Report of the King Institute of Preventive Medicine, Guindy
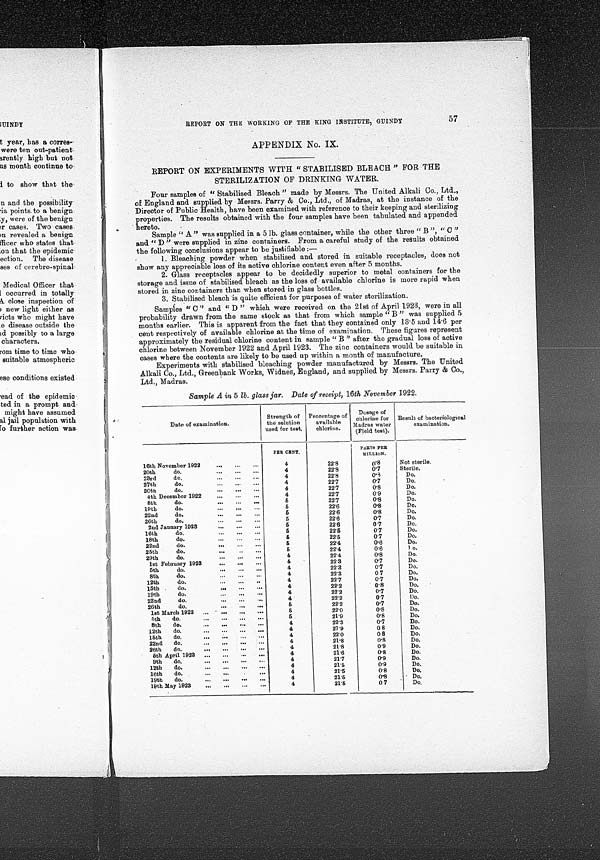
REPORT ON THE WORKING OF THE KING INSTITUTE, GUINDY
57
APPENDIX No. IX.
REPORT ON EXPERIMENTS WITH " STABILISED BLEACH " FOR THE
STERILIZATION OF DRINKING WATER.
Four samples of " Stabilised Bleach " made by Messrs. The United Alkali Co., Ltd.,
of England and supplied by Messrs. Parry & Co., Ltd., of Madras, at the instance of the
Director of Public Health, have been examined with reference to their keeping and sterilizing
properties. The results obtained with the four samples have been tabulated and appended
- hereto.
-
Sample " A" was supplied in a 5 lb. glass container, while the other three " B ", " C "
and " D " were supplied in zinc containers. From a careful study of the results obtained
the following conclusions appear to be justifiable :-
1. Bleaching powder when stabilised and stored in suitable receptacles, does not
show any appreciable loss of its active chlorine content even after 5 months.
2. Glass receptacles appear to be decidedly superior to metal containers for the
storage and issue of stabilised. bleach as the loss of available chlorine is more rapid when
stored in zinc containers than when stored in glass bottles.
3. Stabilised bleach is quite efficient for purposes of water sterilization.
Samples " C " and " D " which were received on the 21st of April 1923, were in all
probability drawn from the same stock as that from which sample " B " was supplied 5
months earlier. This is apparent from the fact that they contained only 13 . 5 and 14.6 per
cent respectively of available chlorine at the time of examination. These figures represent
approximately the residual chlorine content in sample " B " after the gradual loss of active
chlorine between November 1922 and April 1923. The zinc containers would be suitable in
cases where the contents are likely to be used up within a month of manufacture.
Experiments with stabilised bleaching powder manufactured by Messrs. The United.
Alkali Co., Ltd., Greenbank Works, Widnes, England, and supplied by Messrs. Parry & Co.,
Ltd., Madras.
Sample A in 5 lb. glass jar. Date of receipt, 16th November 1922.
Date of examination.
Strength of
the solution
used for test,.
Percentage of
available
chlorine.
Dosage of
chlorine for
Madras water
(Field test).
Result of bacteriological
examination.
16th November 1922
..•
,•.
..•
20th
do.
• s•
•••
•.•
23rd
do.
•••
.•9
. ••
27th
do.
...
•••
• 0 5
30th
do.
•••
...
..•
4th December 1922
0"
•••
0•0
8th
do.
•••
•.•
•••
19th
do.
•.•
•O•
• • 8
22nd
do.
•••
•••
• •O
26th
do.
...
..•
•••
2nd January 1923
•••
••0
••.
16th
do.
4. 4
•••
.••
18th
do.
•••
22nd
do.
6410
• • 4
•••
25th
do.
•.•
••
•••
29th
do,
111
•••
•••
let February 1923
••0
•••
-
5th
do.
4"
. • .
0014
8th
do.
...
...
..,
12th
do.
...
..•
••
15th .
do.
19th
do.
...
•••
.••
22nd
do.
•••
•••
•••
26th
do.
•••
•••
•••
1st March 1923
...
...
...
...
5th
do.
0 .1
•••
• • .
...
8th
do.
.••
•••
•.•
•••
12th
do,
..•
•••
•••
•••
15th
do,
..•
...
..•
...
22nd
do.
.••
01111
•••
.10
26th
do.
0 •G
•••
0••
•••
5th April 1923
...
...
..,
„„„
9th
do.
.••
•••
•••
..•
12th
do.
•••
•••
•••
•••
16th
do.
•••
•••
•
• gib
19th
do.
••.
•••
•••
•••
19th May 1923
•••
...
.„
...
,
PER CENT,
4
4
4
4
4
4
5
5
6
5
5
5
6
5
5
4
4
4
4
4
4
4
4
5
5
5
4
4
4
4
4
4
4
4
4
4
4
22'8
22'8
22'8
221
22'7
22'7
22'7
22'6
22'6
22'6
22'6
22'5
22'5
22'4
22'4
22'4
22.3
22'3
22'3
22'7
22.2
22'2
22'2
22'2
22'0
21'9
22'3
2] '9
22'0
21.8
21'8
21'6
21'7
21'b
21.5
21'5
21'5
PARTS PER
MILLION.
0•8
0'7
0'8
0.7
0.8
0.9
0.8
0'8
0•8
0'7
0'7
0'7
0'7
0.6
0.6
0.8
0.7
0'7
0 7
0.7
0.8
0.7
0.7
0'7
0.8
0'8
0'7
0 8
0 8
0.8
0.9
0.8
0'9
0.9
0.8
0'8
0 7
Not sterile.
Sterile.
Do.
Do.
Do.
Do.
Do.
Do.
Do.
Do.
Do.
Do.
Do.
Do.
T o.
Do.
Do.
Do.
Do.
Do.
Do.
Do,
Do.
Do.
Do.
Do.
Do.
Do.
Do.
Do.
Do.
Do.
Do.
Do.
Do.
• Do.
Do.
,